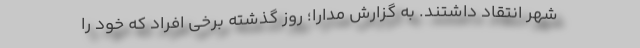
شهر انتقاد داشتند. به گزارش مدارا؛ روز گذشته برخی افراد که خود را